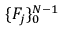
\{ F _ { j } \} _ { 0 } ^ { N - 1 }